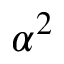
\alpha ^ { 2 }